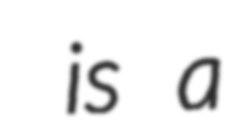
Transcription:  is a